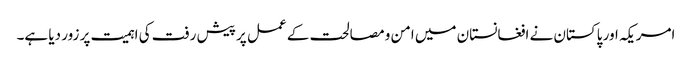
امریکہ اور پاکستان نے افغانستان میں امن و مصالحت کے عمل پر پیش رفت کی اہمیت پر زور دیا ہے۔